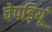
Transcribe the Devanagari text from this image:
चेपड़ियूं